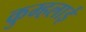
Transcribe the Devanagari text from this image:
कुम्हलाई